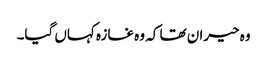
وہ حیران تھا کہ وہ غازہ کہاں گیا۔